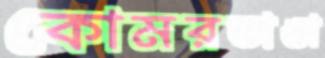
কোমরভাঙা